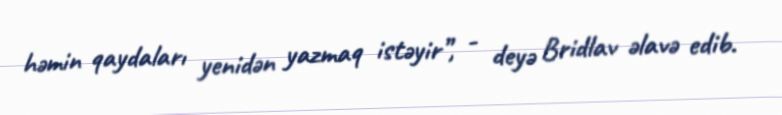
həmin qaydaları yenidən yazmaq istəyir”, - deyə Bridlav əlavə edib.